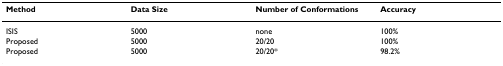
| Method | Data Size | Number of Conformations | Accuracy |
 | --- | --- | --- | --- |
 | ISIS | 5000 | none | 100% |
 | Proposed | 5000 | 20/20 | 100% |
 | Proposed | 5000 | 20/20* | 98.2% |